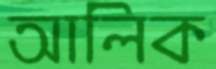
আলিক